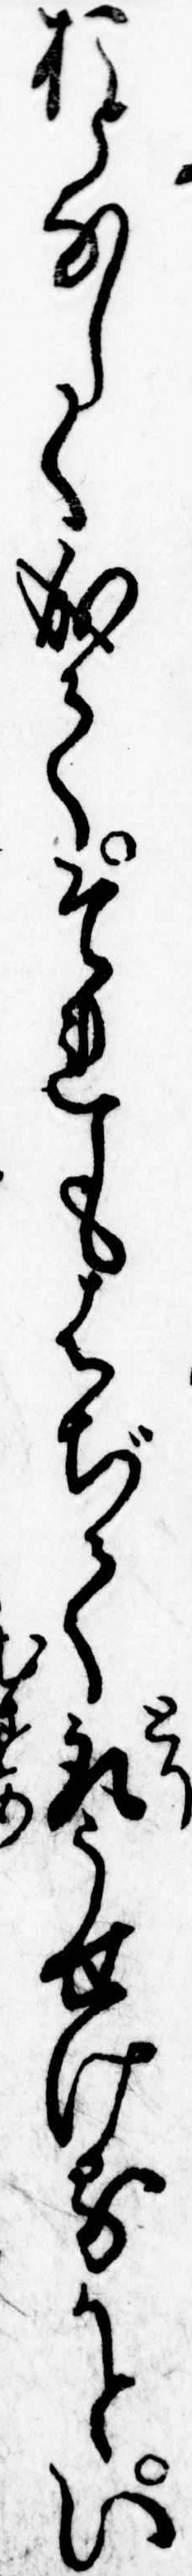
おとなしく成てそれもはぢて取うせけるかとい